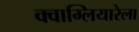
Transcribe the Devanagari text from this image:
क्वाग्लियारेला